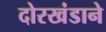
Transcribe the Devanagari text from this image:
दोरखंडाने